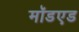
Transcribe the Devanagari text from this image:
मॉडएड